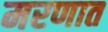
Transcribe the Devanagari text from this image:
मरणात